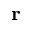
\mathbf { r }